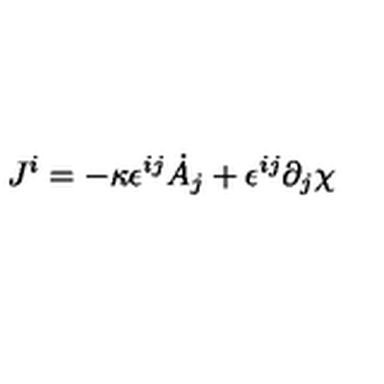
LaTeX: J ^ { i } = - \kappa \epsilon ^ { i j } \dot { A } _ { j } + \epsilon ^ { i j } \partial _ { j } \chi